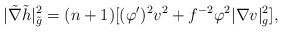
LaTeX: \begin{align*}|\tilde{\nabla}\tilde{h}|^2_{\tilde{g}}=(n+1)[(\varphi')^2v^2+f^{-2}\varphi^2|\nabla v|^2_g],\end{align*}